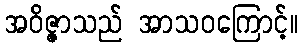
အဝိဇ္ဇာသည် အာသဝကြောင့်။